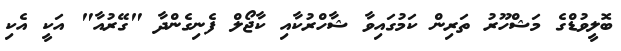
ބޮލީވުޑްގެ މަޝްހޫރު ތަރިން ކަމުގައިވާ ޝާހްރުކާއި ކާޖޯލް ފެނިގެންދާ "ގޭރުއާ" އަކީ އެކި